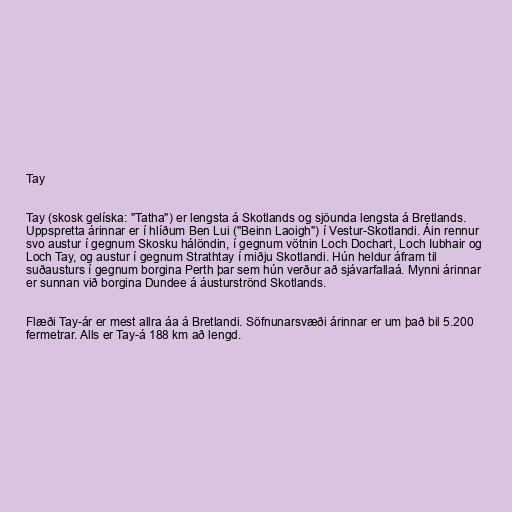
Tay

Tay (skosk gelíska: "Tatha") er lengsta á Skotlands og sjöunda lengsta á Bretlands.
Uppspretta árinnar er í hlíðum Ben Lui ("Beinn Laoigh") í Vestur-Skotlandi. Áin rennur
svo austur í gegnum Skosku hálöndin, í gegnum vötnin Loch Dochart, Loch Iubhair og
Loch Tay, og austur í gegnum Strathtay í miðju Skotlandi. Hún heldur áfram til
suðausturs í gegnum borgina Perth þar sem hún verður að sjávarfallaá. Mynni árinnar
er sunnan við borgina Dundee á áusturströnd Skotlands.

Flæði Tay-ár er mest allra áa á Bretlandi. Söfnunarsvæði árinnar er um það bil 5.200
fermetrar. Alls er Tay-á 188 km að lengd.